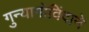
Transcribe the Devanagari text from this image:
गुन्यागोविंदाने